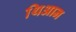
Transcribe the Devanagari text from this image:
थिआन